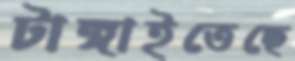
টাঙ্গাইতেছে